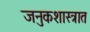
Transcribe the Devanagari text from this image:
जनुकशास्त्रात